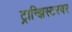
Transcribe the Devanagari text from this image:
ट्रान्झिस्टरवर